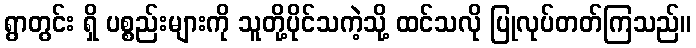
ရွာတွင်း ရှိ ပစ္စည်းများကို သူတို့ပိုင်သကဲ့သို့ ထင်သလို ပြုလုပ်တတ်ကြသည်။